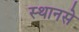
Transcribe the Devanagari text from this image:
स्थानसे